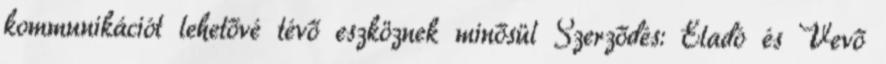
kommunikációt lehetővé tévő eszköznek minősül Szerződés: Eladó és Vevő